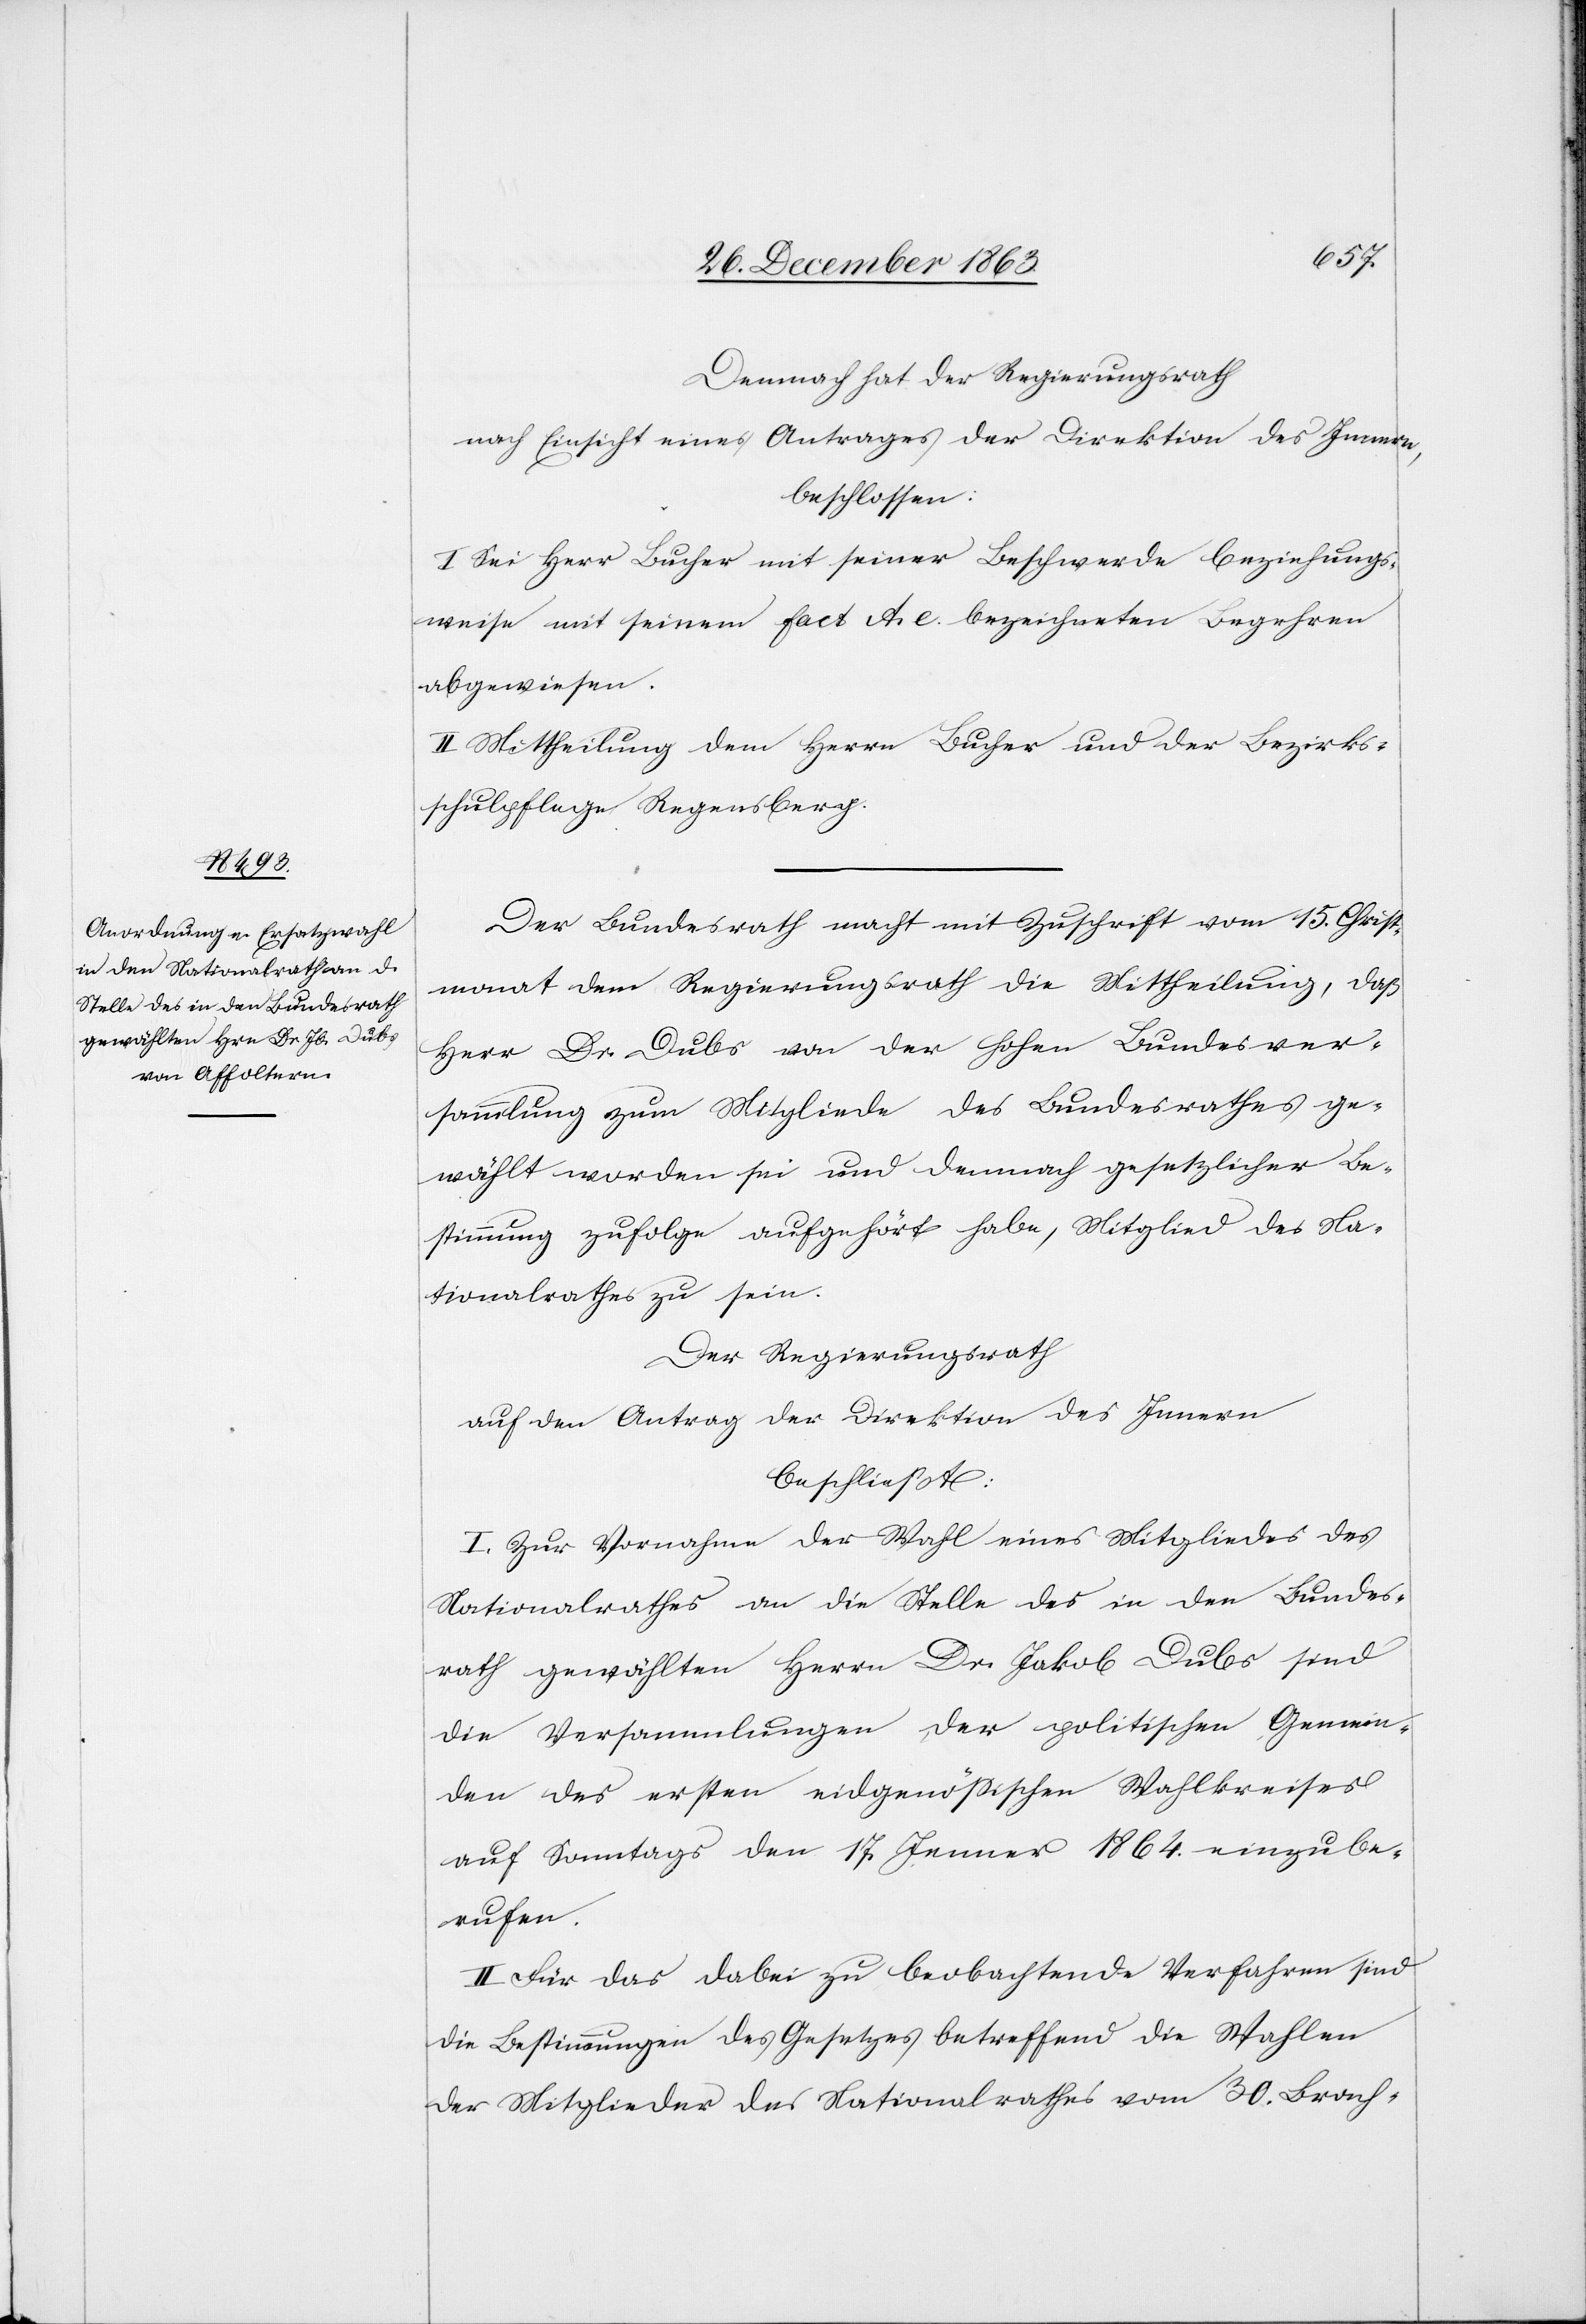
Demnach hat der Regierungsrath
nach Einsicht eines Antrages der Direktion des Innern,
beschlossen:
I. Sei Herr Bucher mit seiner Beschwerde beziehungs¬
weise mit seinem fact A. e. bezeichneten Begehren
abgewiesen.
II. Mittheilung dem Herrn Bucher und der Bezirks¬
schulpflege Regensberg.
Der Bundesrath macht mit Zuschrift vom 15. Christ¬
monat dem Regierungsrath die Mittheilung, daß
Herr Dr. Dubs von der hohen Bundesver¬
sammlung zum Mitgliede des Bundesrathes ge¬
wählt worden sei und demnach gesetzlicher Be¬
stimmung zufolge aufgehört habe, Mitglied des Na¬
tionalrathes zu sein.
Der Regierungsrath
auf den Antrag der Direktion des Innern
beschließt:
I. Zur Vornahme der Wahl eines Mitgliedes des
Nationalrathes an die Stelle des in den Bundes¬
rath gewählten Herrn Dr. Jakob Dubs sind
die Versammlungen der politischen Gemein¬
den des ersten eidgenössischen Wahlkreises
auf Sonntags den 17. Jenner 1864. einzube¬
rufen.
II. Für das dabei zu beobachtende Verfahren sind
die Bestimmungen des Gesetzes betreffend die Wahlen
der Mitglieder des Nationalrathes vom 30. Brach-